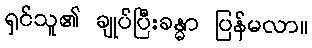
ရှင်သူ၏ ချုပ်ပြီးခန္ဓာ ပြန်မလာ။